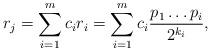
LaTeX: \begin{align*}r_j = \sum_{i=1}^m c_ir_i = \sum_{i=1}^m c_i \frac{p_1 \dots p_i}{2^{k_i}}, \end{align*}